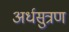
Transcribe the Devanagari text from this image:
अर्धसुत्रण